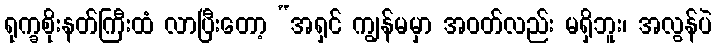
ရုက္ခစိုးနတ်ကြီးထံ လာပြီးတော့ “အရှင် ကျွန်မမှာ အဝတ်လည်း မရှိဘူး၊ အလွန်ပဲ